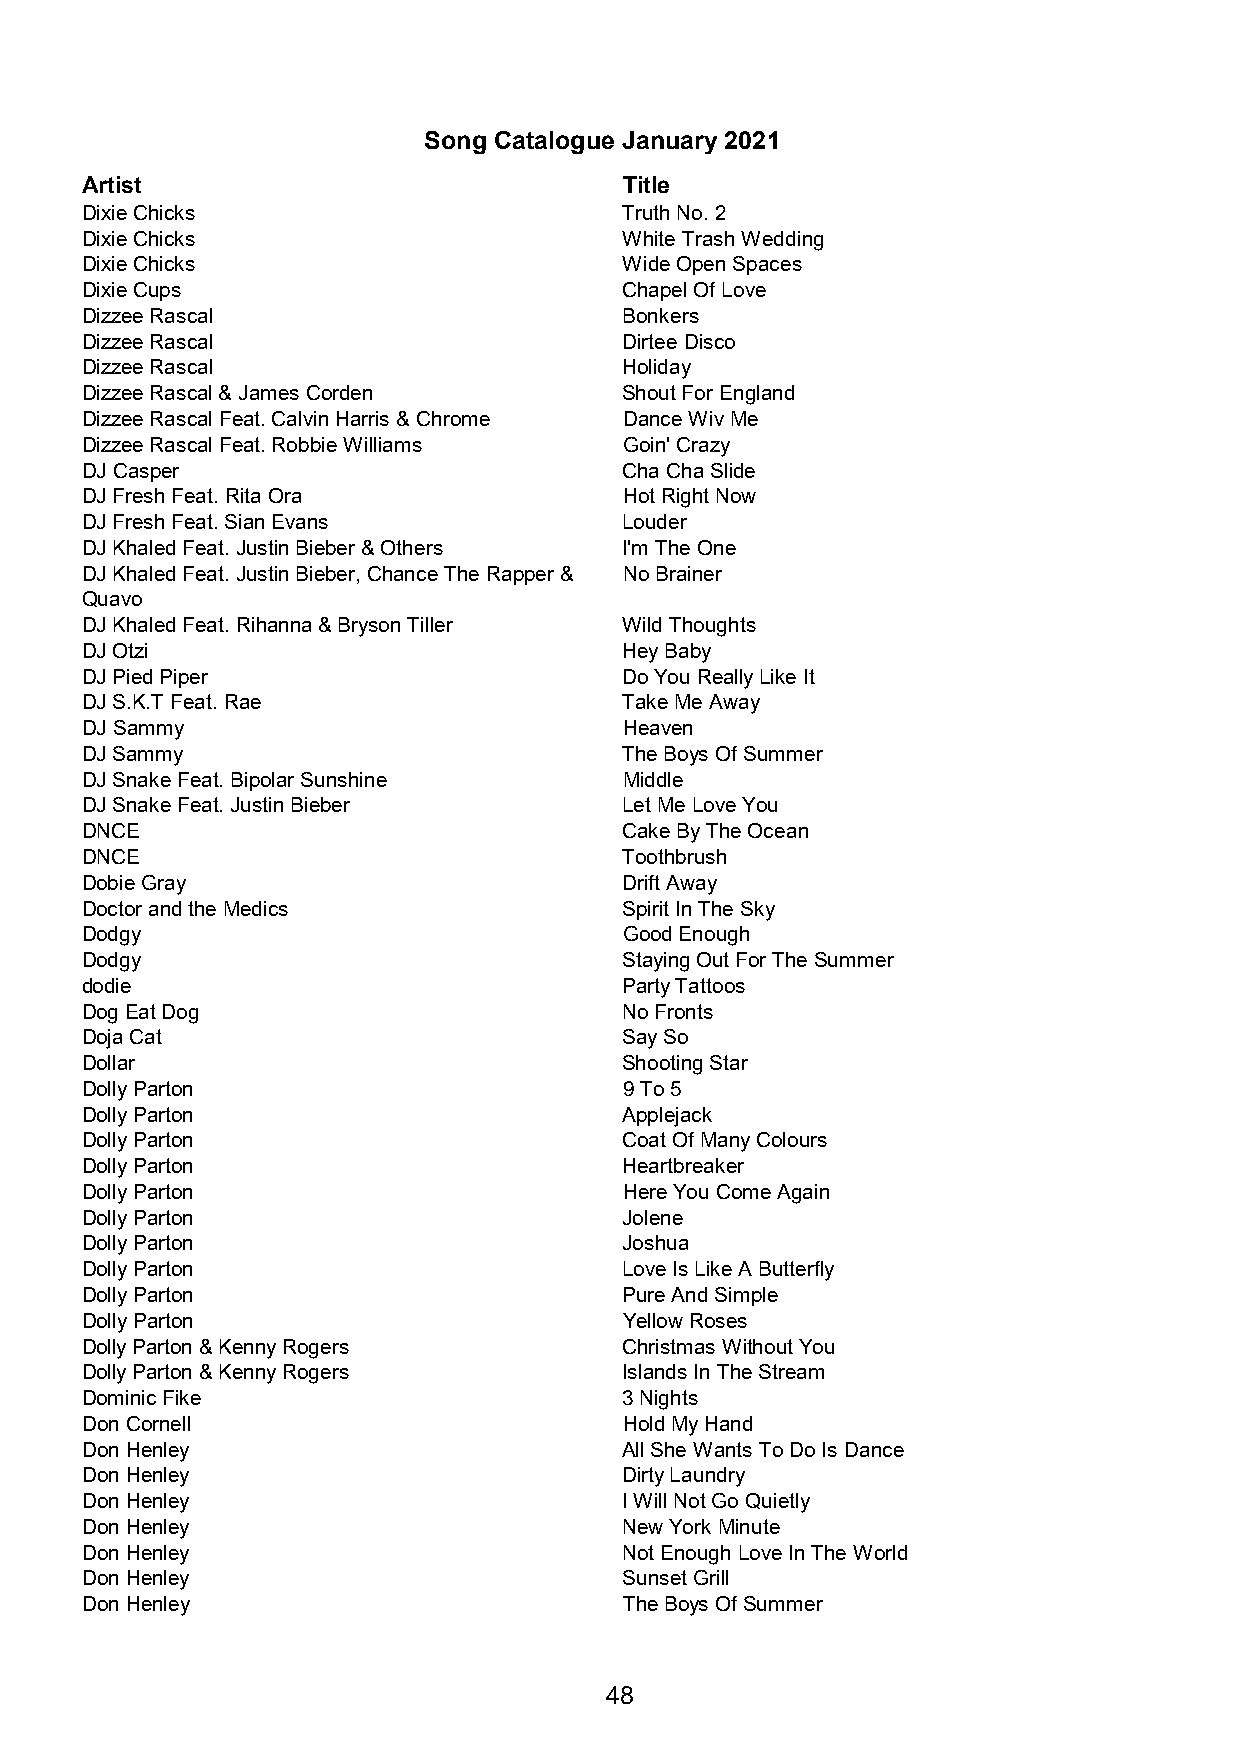
Song Catalogue January 2021
 Artist                              Title
 Dixie Chicks                        Truth No. 2
 Dixie Chicks                        White Trash Wedding
 Dixie Chicks                        Wide Open Spaces
 Dixie Cups                          Chapel Of Love
 Dizzee Rascal                       Bonkers
 Dizzee Rascal                       Dirtee Disco
 Dizzee Rascal                       Holiday
 Dizzee Rascal & James Corden        Shout For England
 Dizzee Rascal Feat. Calvin Harris & Chrome Dance Wiv Me
 Dizzee Rascal Feat. Robbie Williams Goin' Crazy
 DJ Casper                           Cha Cha Slide
 DJ Fresh Feat. Rita Ora             Hot Right Now
 DJ Fresh Feat. Sian Evans           Louder
 DJ Khaled Feat. Justin Bieber & Others I'm The One
 DJ Khaled Feat. Justin Bieber, Chance The Rapper & No Brainer
 Quavo
 DJ Khaled Feat. Rihanna & Bryson Tiller Wild Thoughts
 DJ Otzi                             Hey Baby
 DJ Pied Piper                       Do You Really Like It
 DJ S.K.T Feat. Rae                  Take Me Away
 DJ Sammy                            Heaven
 DJ Sammy                            The Boys Of Summer
 DJ Snake Feat. Bipolar Sunshine     Middle
 DJ Snake Feat. Justin Bieber        Let Me Love You
 DNCE                                Cake By The Ocean
 DNCE                                Toothbrush
 Dobie Gray                          Drift Away
 Doctor and the Medics               Spirit In The Sky
 Dodgy                               Good Enough
 Dodgy                               Staying Out For The Summer
 dodie                               Party Tattoos
 Dog Eat Dog                         No Fronts
 Doja Cat                            Say So
 Dollar                              Shooting Star
 Dolly Parton                        9 To 5
 Dolly Parton                        Applejack
 Dolly Parton                        Coat Of Many Colours
 Dolly Parton                        Heartbreaker
 Dolly Parton                        Here You Come Again
 Dolly Parton                        Jolene
 Dolly Parton                        Joshua
 Dolly Parton                        Love Is Like A Butterfly
 Dolly Parton                        Pure And Simple
 Dolly Parton                        Yellow Roses
 Dolly Parton & Kenny Rogers         Christmas Without You
 Dolly Parton & Kenny Rogers         Islands In The Stream
 Dominic Fike                        3 Nights
 Don Cornell                         Hold My Hand
 Don Henley                          All She Wants To Do Is Dance
 Don Henley                          Dirty Laundry
 Don Henley                          I Will Not Go Quietly
 Don Henley                          New York Minute
 Don Henley                          Not Enough Love In The World
 Don Henley                          Sunset Grill
 Don Henley                          The Boys Of Summer
 48